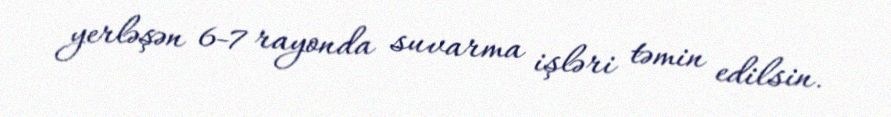
yerləşən 6-7 rayonda suvarma işləri təmin edilsin.